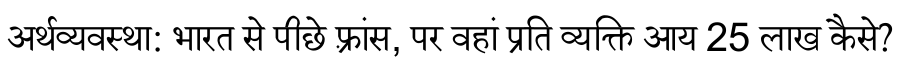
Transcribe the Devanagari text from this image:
अर्थव्यवस्था: भारत से पीछे फ़्रांस, पर वहां प्रति व्यक्ति आय 25 लाख कैसे?